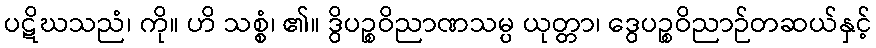
ပဋိဃသညံ၊ ကို။ ဟိ သစ္စံ၊ ၏။ ဒွိပဉ္စဝိညာဏသမ္ပ ယုတ္တာ၊ ဒွေပဉ္စဝိညာဉ်တဆယ်နှင့်